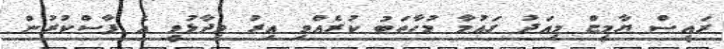
ރައީސް ޔާމީޏް މިއަދު ގައުމާ މުހާތަބު ކުރެއްވި އިރު ވިދާޅުވީ އެ ފާސްކުރުން